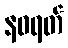
နဝရတ်